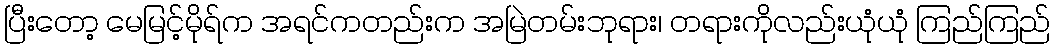
ပြီးတော့ မေမြင့်မိုရ်က အရင်ကတည်းက အမြဲတမ်းဘုရား၊ တရားကိုလည်းယုံယုံ ကြည်ကြည်